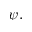
\psi .